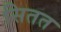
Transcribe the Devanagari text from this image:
सितत